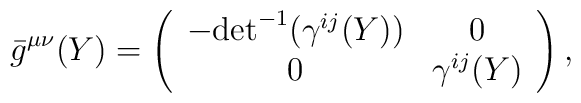
{}\bar{g}^{\mu \nu}(Y) = \left( \begin{array}{cc}		       -{\det}^{-1} (\gamma^{ij}(Y)) & 0 \\		       0 & \gamma^{ij}(Y) \end{array} \right),